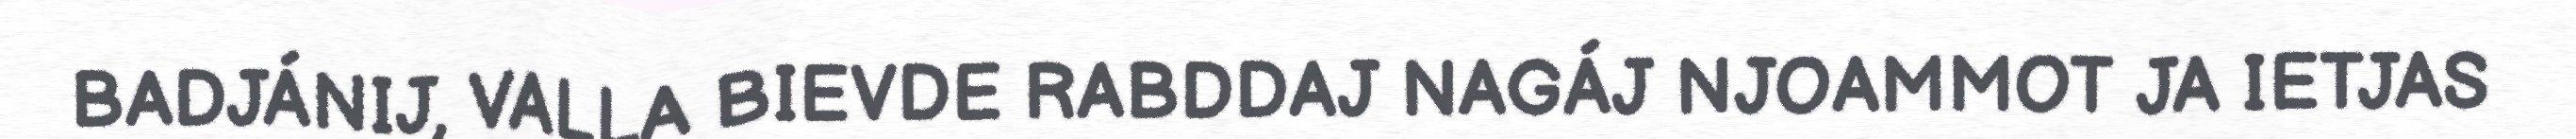
BADJÁNIJ, VALLA BIEVDE RABDDAJ NAGÁJ NJOAMMOT JA IETJAS